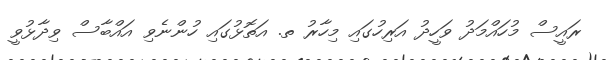
ރައީސް މުހައްމަދު ވަހީދު އަރިހުގައި މިހާރު ތ. އަތޮޅުގައި ހުންނެވި އައްބާސް ވިދާޅުވީ